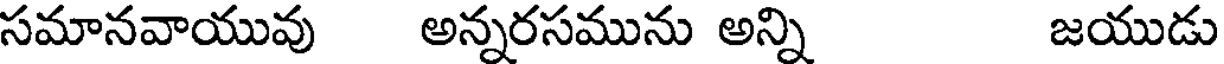
సమానవాయువు అన్నరసమును అన్ని జయుడు